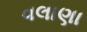
વલાણા